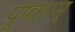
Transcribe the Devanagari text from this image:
पुष्करम्‌